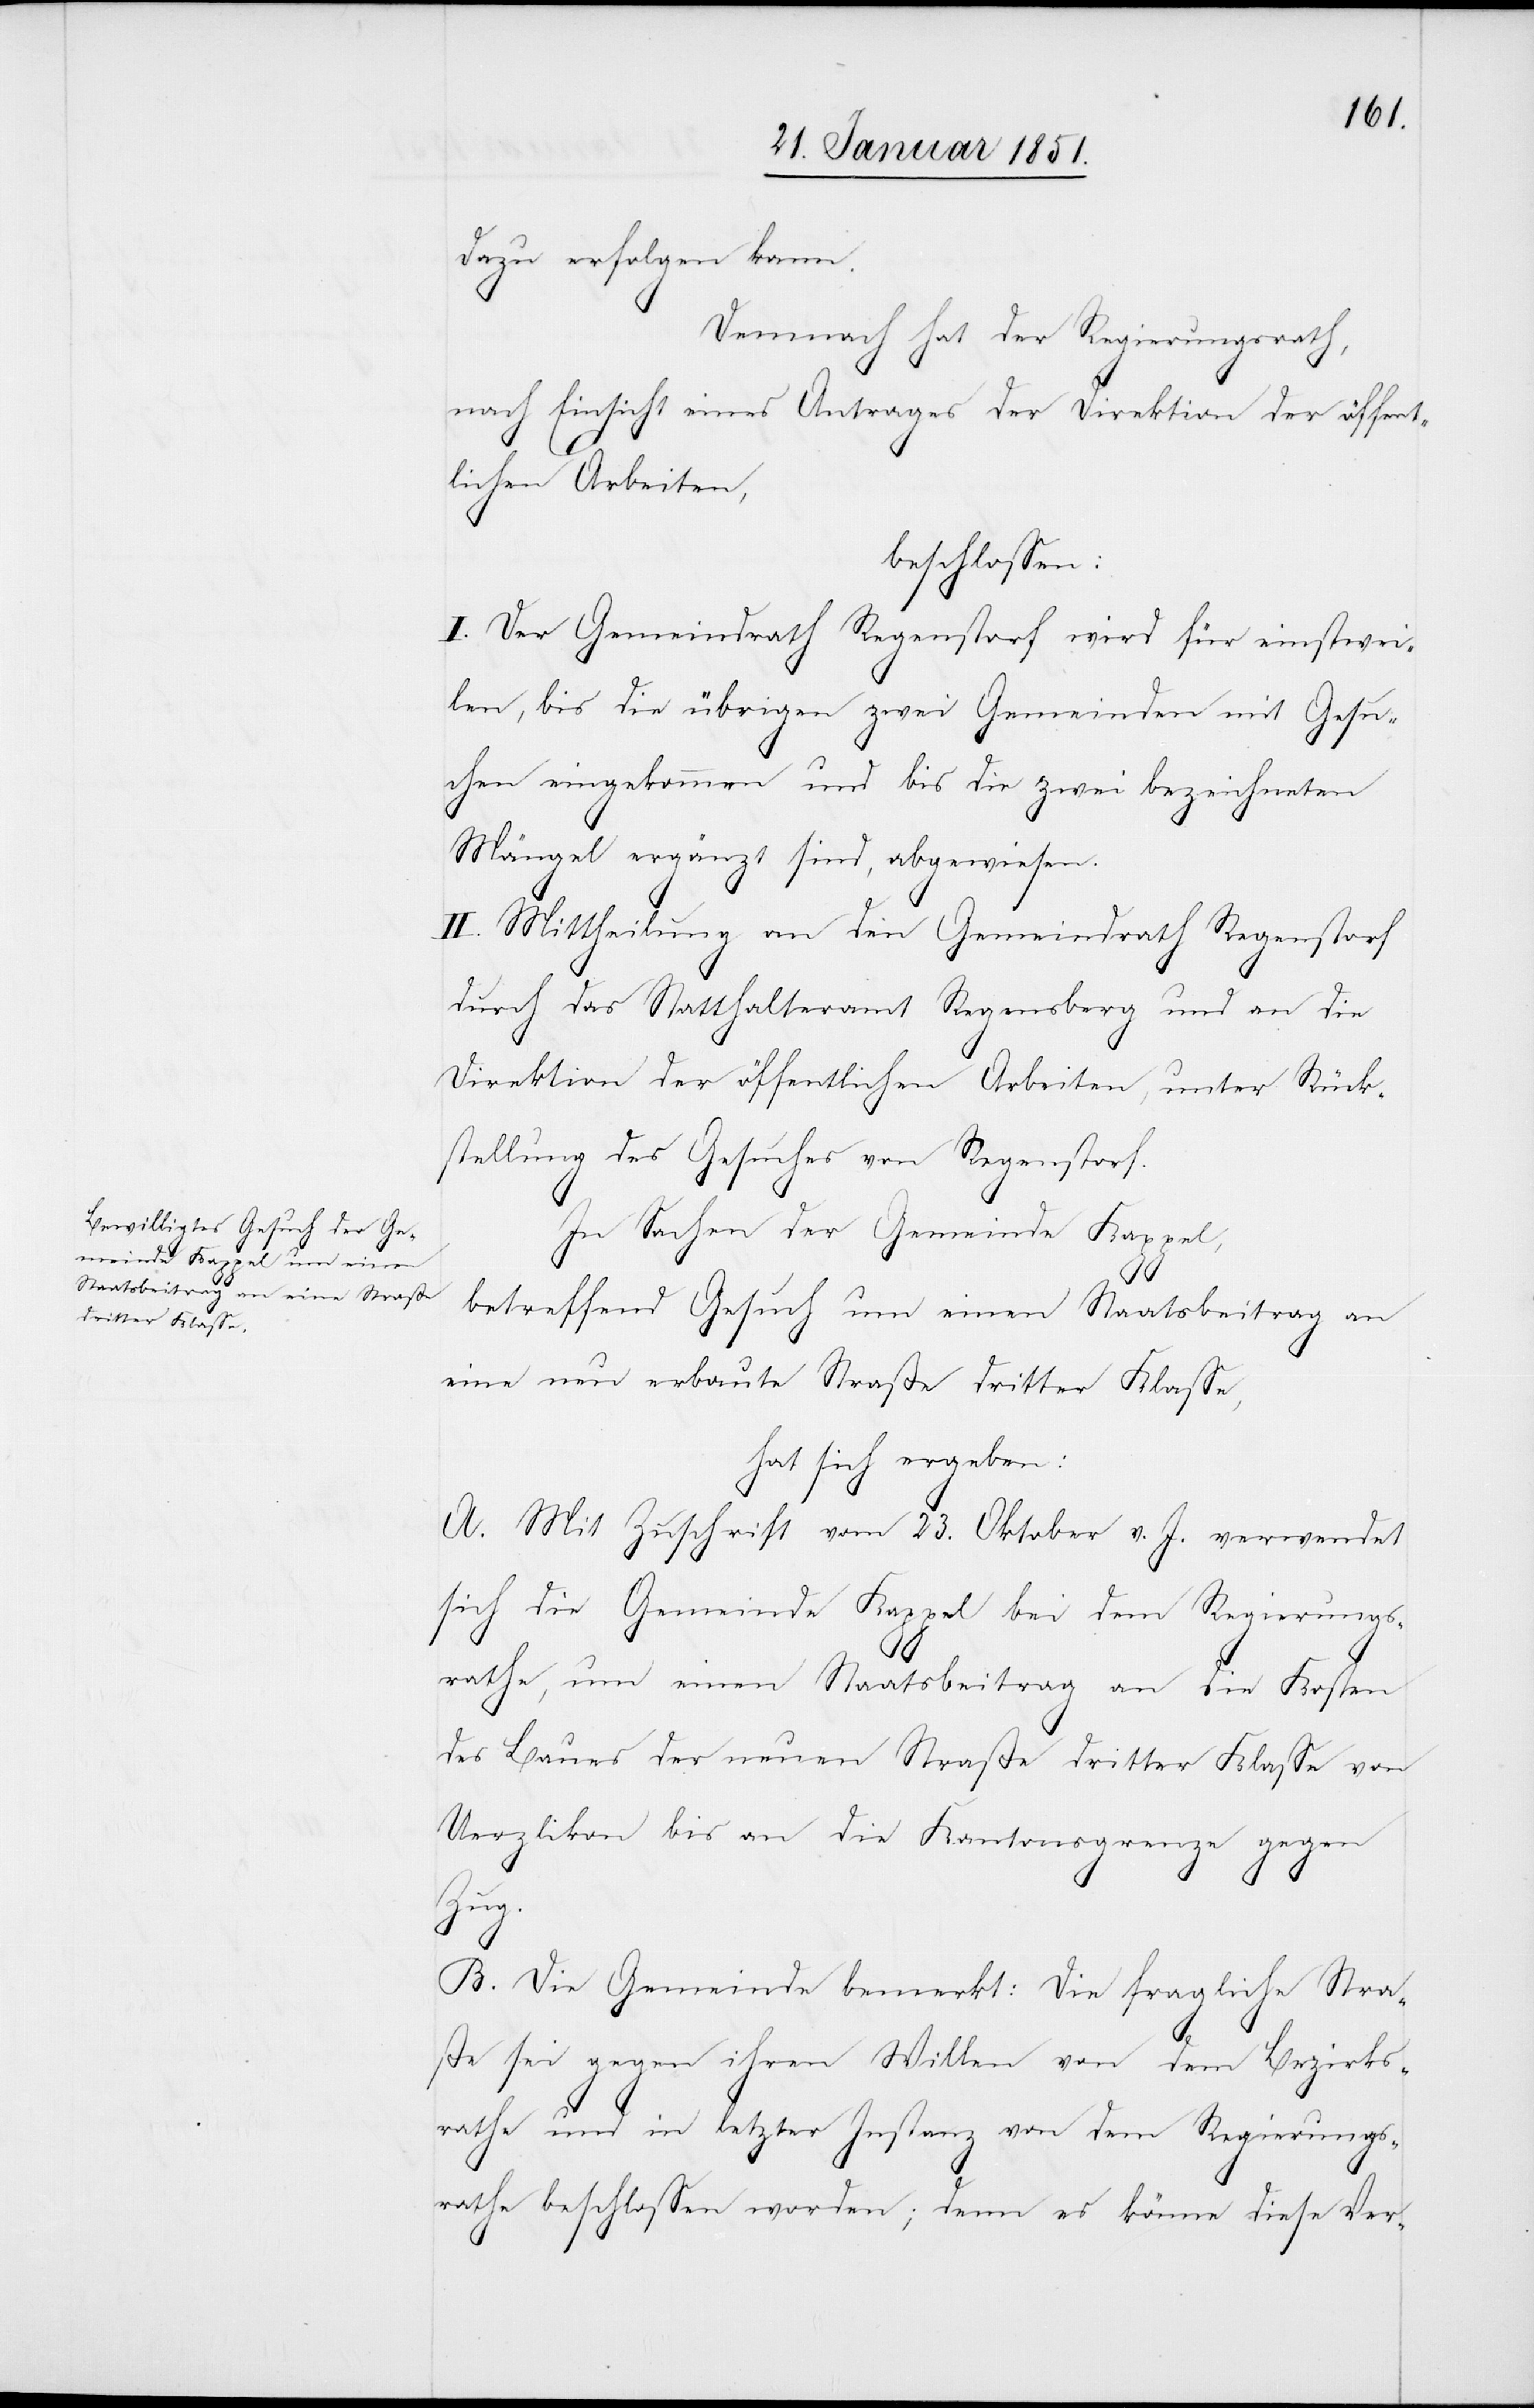
dazu erfolgen kann.
Demnach hat der Regierungsrath,
nach Einsicht eines Antrages der Direktion der öffent¬
lichen Arbeiten,
beschlossen:
I. Der Gemeindrath Regenstorf wird für einstwei¬
len, bis die übrigen zwei Gemeinden mit Gesu¬
chen eingekommen und bis die zwei bezeichneten
Mängel ergänzt sind, abgewiesen.
II. Mittheilung an den Gemeindrath Regenstorf
durch das Statthalteramt Regensberg und an die
Direktion der öffentlichen Arbeiten, unter Rück¬
stellung des Gesuches von Regenstorf.
In Sachen der Gemeinde Kappel,
betreffend Gesuch um einen Staatsbeitrag an
eine neu erbaute Straße dritter Klasse,
hat sich ergeben:
A. Mit Zuschrift vom 23. Oktober v. J. verwendet
sich die Gemeinde Kappel bei dem Regierungs¬
rathe, um einen Staatsbeitrag an die Kosten
des Baues der neuen Straße dritter Klasse von
Uerzlikon bis an die Kantonsgrenze gegen
Zug.
B. Die Gemeinde bemerkt: Die fragliche Stra¬
ße sei gegen ihren Willen von dem Bezirks¬
rathe und in letzter Instanz von dem Regierungs¬
rathe beschlossen worden; denn es könne diese Ver-